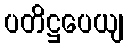
ပတိဋ္ဌပေယျ